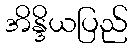
အိန္ဒိယပြည်